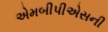
એમબીપીએસની